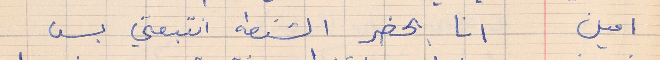
امين     انا بحضر الشنطه انتبعتي بس